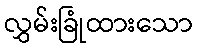
လွှမ်းခြုံထားသော